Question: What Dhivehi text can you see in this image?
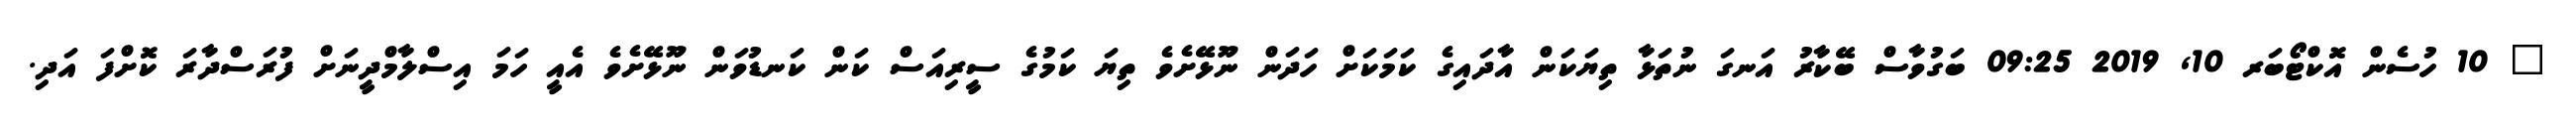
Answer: ? 10 ހުސެން އޮކްޓޯބަރ 10, 2019 09:25 ބަގުވާސް ބޭކާރު އަނގަ ނުތަޅާ ތިޔަކަން އާދައިގެ ކަމަކަށް ހަދަން ނޫޅޭށެވެ ތިޔަ ކަމުގެ ސީރިއަސް ކަން ކަނޑުވަން ނޫޅޭށެވެ އެއީ ހަމަ އިސްލާމްދީނަށް ފުރަސްދާރަ ކޮށްފަ އަދި.